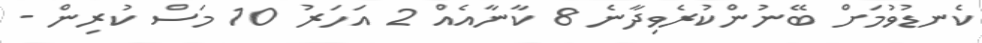
ކެނޑުވުމަށް ބޭނުންކުރެވިދާނެ 8 ކާނާއެއް 2 އަހަރު 10 މަސް ކުރިން -